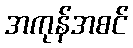
အကုန်အစင်